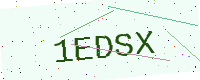
Text: 1EDSX